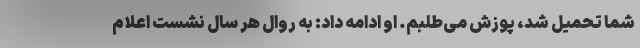
شما تحمیل شد، پوزش می‌طلبم. او ادامه داد: به روال هر سال نشست اعلام